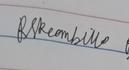
Signature authenticity: genuine